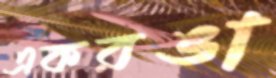
একরঙা